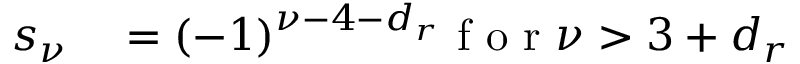
\begin{array} { r l } { s _ { \nu } } & { { } = ( - 1 ) ^ { \nu - 4 - d _ { r } } \mathrm { ~ f ~ o ~ r ~ } \nu > 3 + d _ { r } } \end{array}